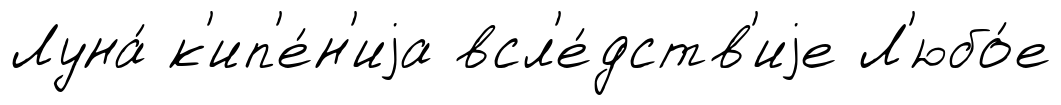
Луна́ к'ип'е́н'иjа всл'е́дств'иjе Л'юбо́е